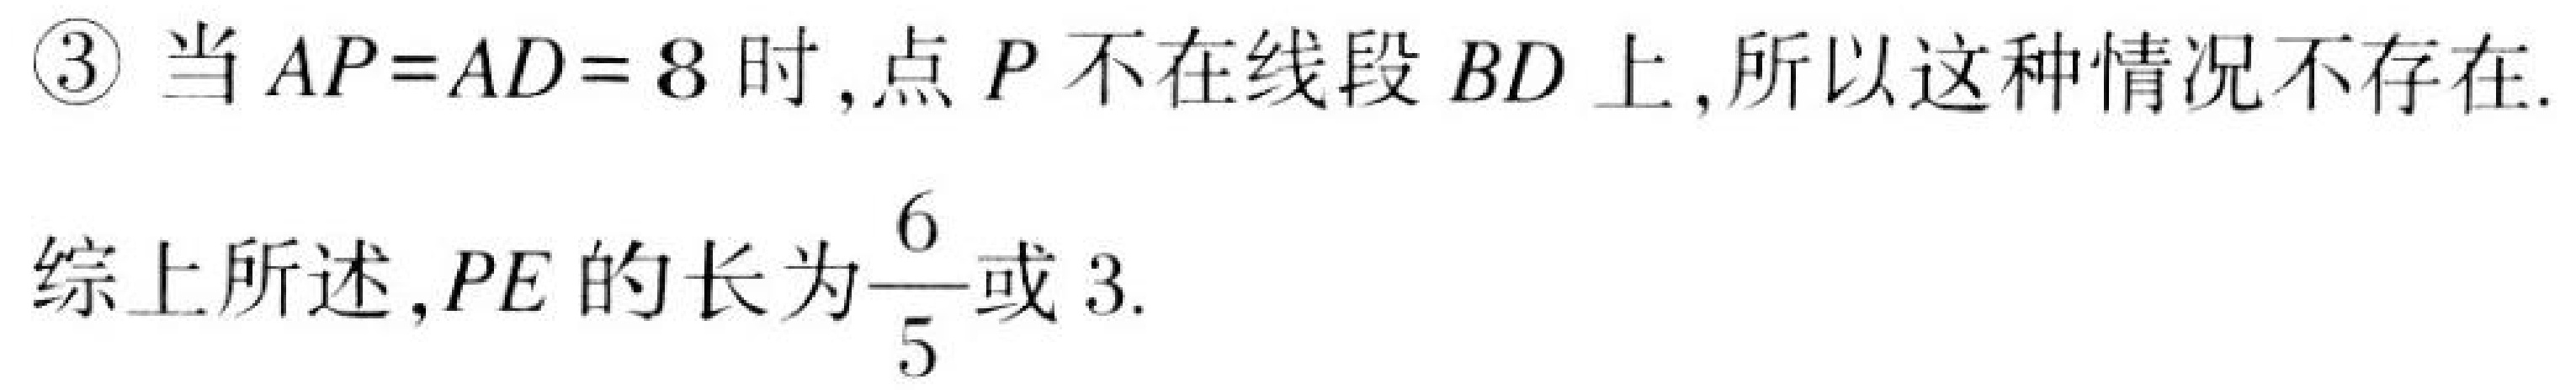
\textcircled{3} 当\(AP = AD = 8\)时,点\(P\)不在线段\(BD\)上,所以这种情况不存在.
综上所述,\(PE\)的长为\(\frac{6}{5}\)或\(3\).